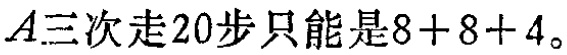
$A三次走20步只能是8 + 8 + 4。$